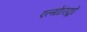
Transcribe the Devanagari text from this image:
एल्गोरिद्मों